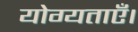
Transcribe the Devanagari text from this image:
योग्यताएँ।